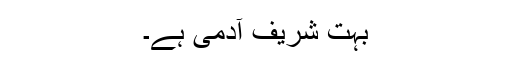
بہت شریف آدمی ہے۔